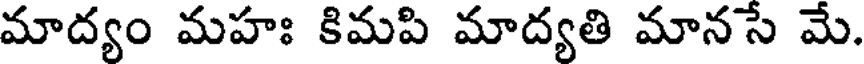
మాద్యం మహః కిమపి మాద్యతి మానసే మే.